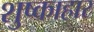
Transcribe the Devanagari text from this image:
शुष्काहार